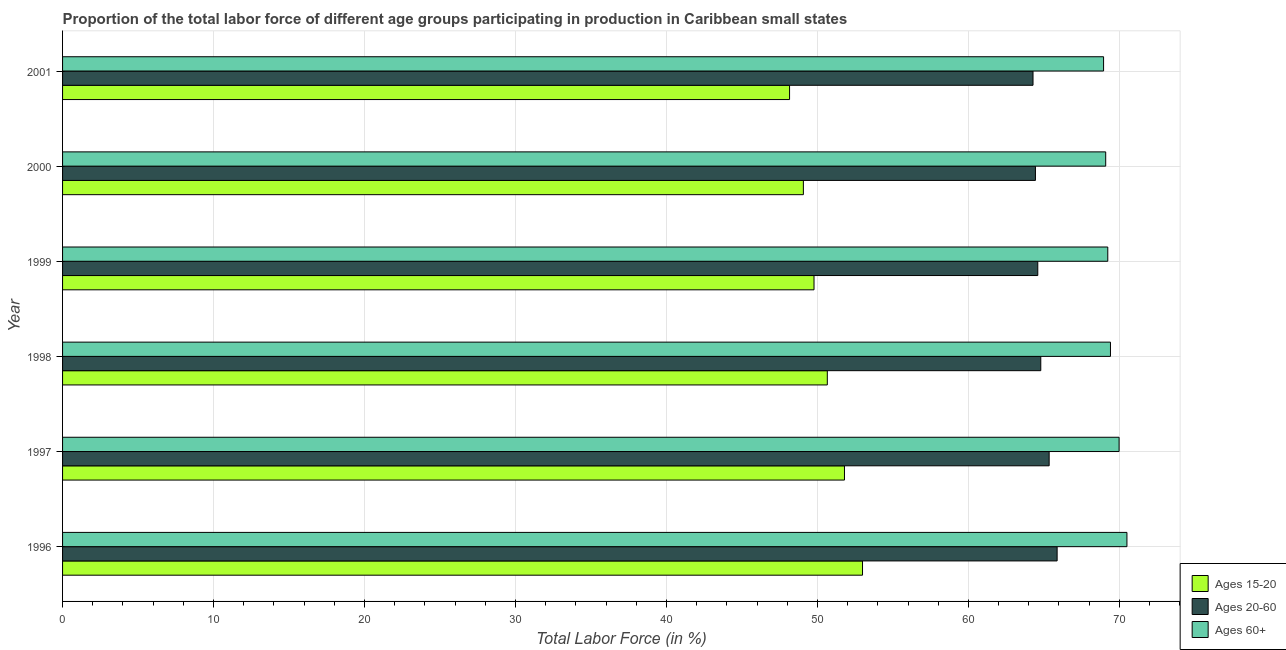
| Year | Ages 15-20 | Ages 20-60 | Ages 60+ |
 | --- | --- | --- | --- |
 | 1996 | 53 | 65.9 | 70.5 |
 | 1997 | 51.8 | 65.3 | 70 |
 | 1998 | 50.7 | 64.8 | 69.4 |
 | 1999 | 49.8 | 64.6 | 69.2 |
 | 2000 | 49.1 | 64.4 | 69.1 |
 | 2001 | 48.2 | 64.3 | 69 |